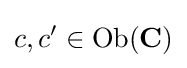
c,c'\in \mathrm {Ob} (\mathbf {C} )